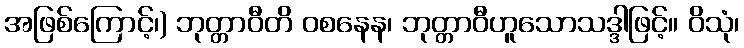
အဖြစ်ကြောင့်၊) ဘုတ္တာဝီတိ ဝစနေန၊ ဘုတ္တာဝီဟူသောသဒ္ဒါဖြင့်။ ဝိသုံ၊